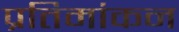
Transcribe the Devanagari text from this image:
प्रतिमांकन